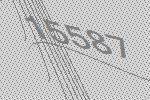
15587